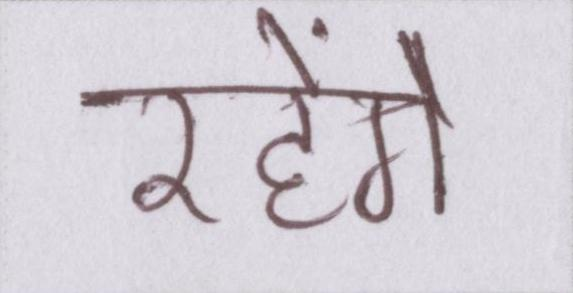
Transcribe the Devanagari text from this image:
रहेंगे